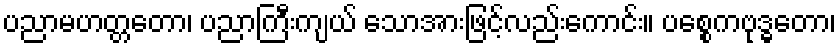
ပညာမဟတ္တတော၊ ပညာကြီးကျယ် သောအားဖြင့်လည်းကောင်း။ ပစ္စေကဗုဒ္ဓတော၊